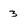
Character: 3